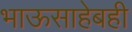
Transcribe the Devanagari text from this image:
भाऊसाहेबही